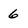
Character: 6